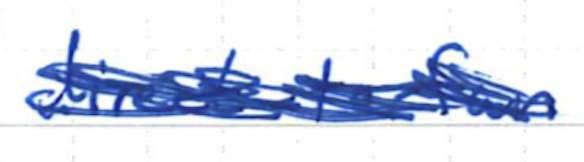
Text: direct-to-fan
Cross-out: scratch
Writing tool: ballpoint